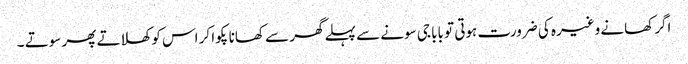
اگر کھانے وغیرہ کی ضرورت ہوتی تو بابا جی سونے سے پہلے گھر سے کھانا پکوا کر اس کو کھلاتے پھر سوتے ۔